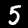
Digit: 5